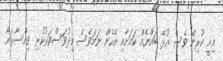
މިއީ ކުރިން ވެސް އުޅޭ ބައްޔެއް ކަމަށާއި އެހެން ނަމަވެސް މިދުވަސްވަރުކުރި ވިއްސާރައާ